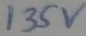
Text: 135v